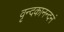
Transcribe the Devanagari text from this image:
वृन्दकानन्दनं